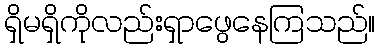
ရှိမရှိကိုလည်းရှာဖွေနေကြသည်။